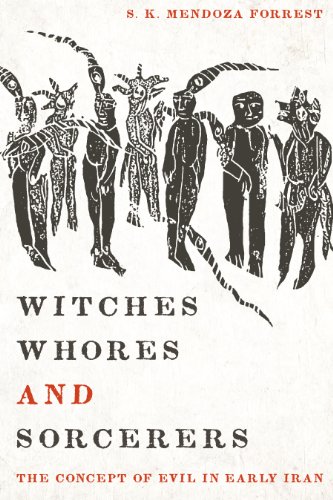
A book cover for Witches, Whores, and Sorcerers: The Concept of Evil in Early Iran; S. K. Mendoza Forrest; Religion & Spirituality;